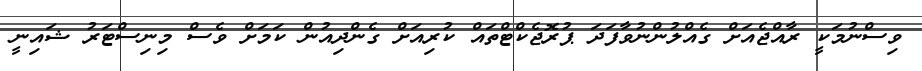
ވިސްނުމަކީ ރާއްޖެއަށް ގެއްލުންނުވާފަދަ ޕުރޮޖެކްޓްތައް ކުރިއަށް ގެންދިއުން ކަމަށް ވެސް މިނިސްޓަރު ޝައިނީ